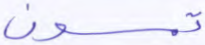
تمسون